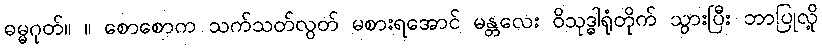
ဓမ္မဂုတ်။ ။ စောစောက သက်သတ်လွတ် မစားရအောင် မန္တလေး ဝိသုဒ္ဓါရုံတိုက် သွားပြီး ဘာပြုလို့